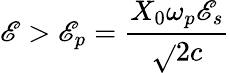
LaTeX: \mathscr{E}>\mathscr{E}_{p}={\frac{{X_{0}\omega_{p}\mathscr{E}_{s}}}{{\sqrt{}{{2}}c}}}